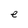
Character: e